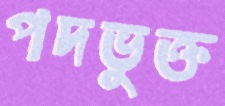
পদভুক্ত